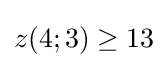
z(4;3)\geq 13